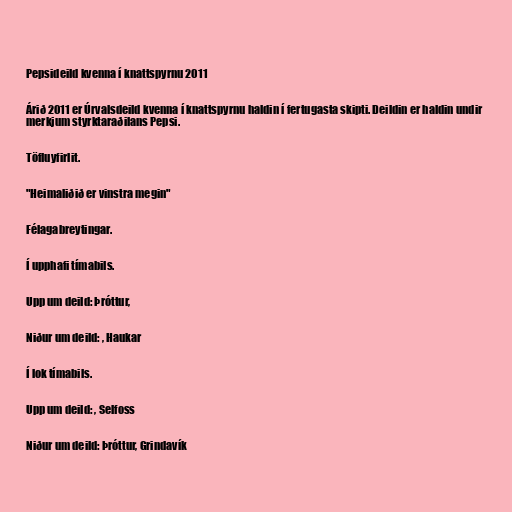
Pepsideild kvenna í knattspyrnu 2011

Árið 2011 er Úrvalsdeild kvenna í knattspyrnu haldin í fertugasta skipti. Deildin er haldin undir
merkjum styrktaraðilans Pepsi.

Töfluyfirlit.

"Heimaliðið er vinstra megin"

Félagabreytingar.

Í upphafi tímabils.

Upp um deild: Þróttur,

Niður um deild: , Haukar

Í lok tímabils.

Upp um deild: , Selfoss

Niður um deild: Þróttur, Grindavík